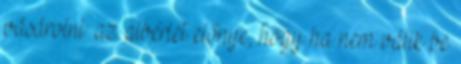
vásárolni: az albérlet előnye, hogy ha nem válik be